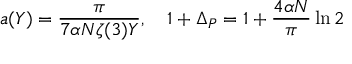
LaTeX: a ( Y ) = \frac { \pi } { 7 \alpha N \zeta ( 3 ) Y } , \ \ \ 1 + \Delta _ { P } = 1 + \frac { 4 \alpha N } { \pi } \ln 2